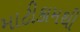
માટીકામથી